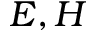
E , H